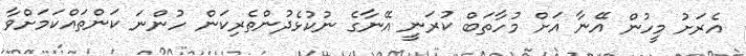
އެރަށު މީހުން އޭނާ އަށް މުހާތަބް ކުރަނީ އޭނާގެ ނުކުޅެދުންތެރިކަން ހުންނަ ކަންތައްކަމަށްވާ